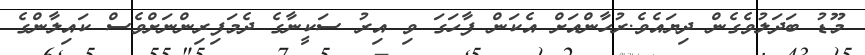
މޫޑު ބަދަލުވެގެން ދިޔައެވެ.ރުހާންއަށް އެކަން ފާހަގަ ވި އިރު ސަކީނާގެ ދެމަފިރިންނަށްވެސް ކައިލާންގެ